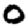
Digit: 0